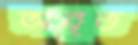
অবৃত্ত